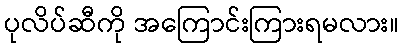
ပုလိပ်ဆီကို အကြောင်းကြားရမလား။